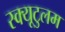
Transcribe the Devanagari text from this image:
स्क्यूटुलम